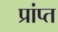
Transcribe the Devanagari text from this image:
प्रांप्त